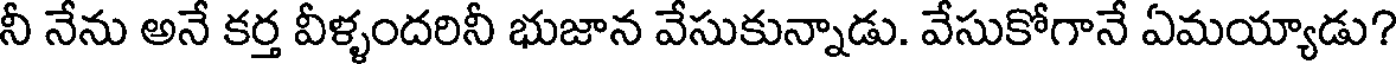
నీ నేను అనే కర్త వీళ్ళందరినీ భుజాన వేసుకున్నాడు. వేసుకోగానే ఏమయ్యాడు?